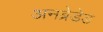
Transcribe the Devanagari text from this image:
अनब्रेडेड